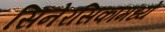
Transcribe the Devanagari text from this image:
सिनेरसिकांमध्ये